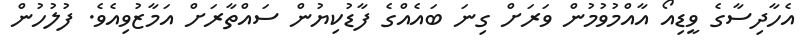
އެހާދިސާގެ ވީޑިއޯ އާއްމުވުމުން ވަރަށް ގިނަ ބައެއްގެ ފާޑުކިޔުން ސައްތާރަށް އަމާޒުވިއެވެ. ފުލުހުން